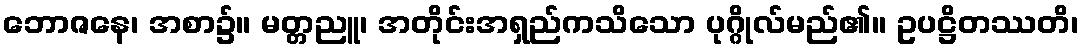
ဘောဇနေ၊ အစာ၌။ မတ္တညူ၊ အတိုင်းအရှည်ကသိသော ပုဂ္ဂိုလ်မည်၏။ ဥပဋ္ဌိတဿတိ၊